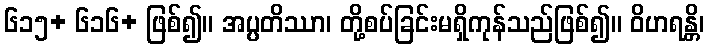
၆၁၅+ ၆၁၆+ ဖြစ်၍။ အပ္ပတိဿာ၊ တို့စပ်ခြင်းမရှိကုန်သည်ဖြစ်၍။ ဝိဟရန္တိ၊